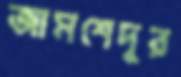
জামশেদুর